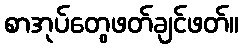
စာအုပ်တွေဖတ်ချင်ဖတ်။